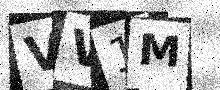
Text: VV1M